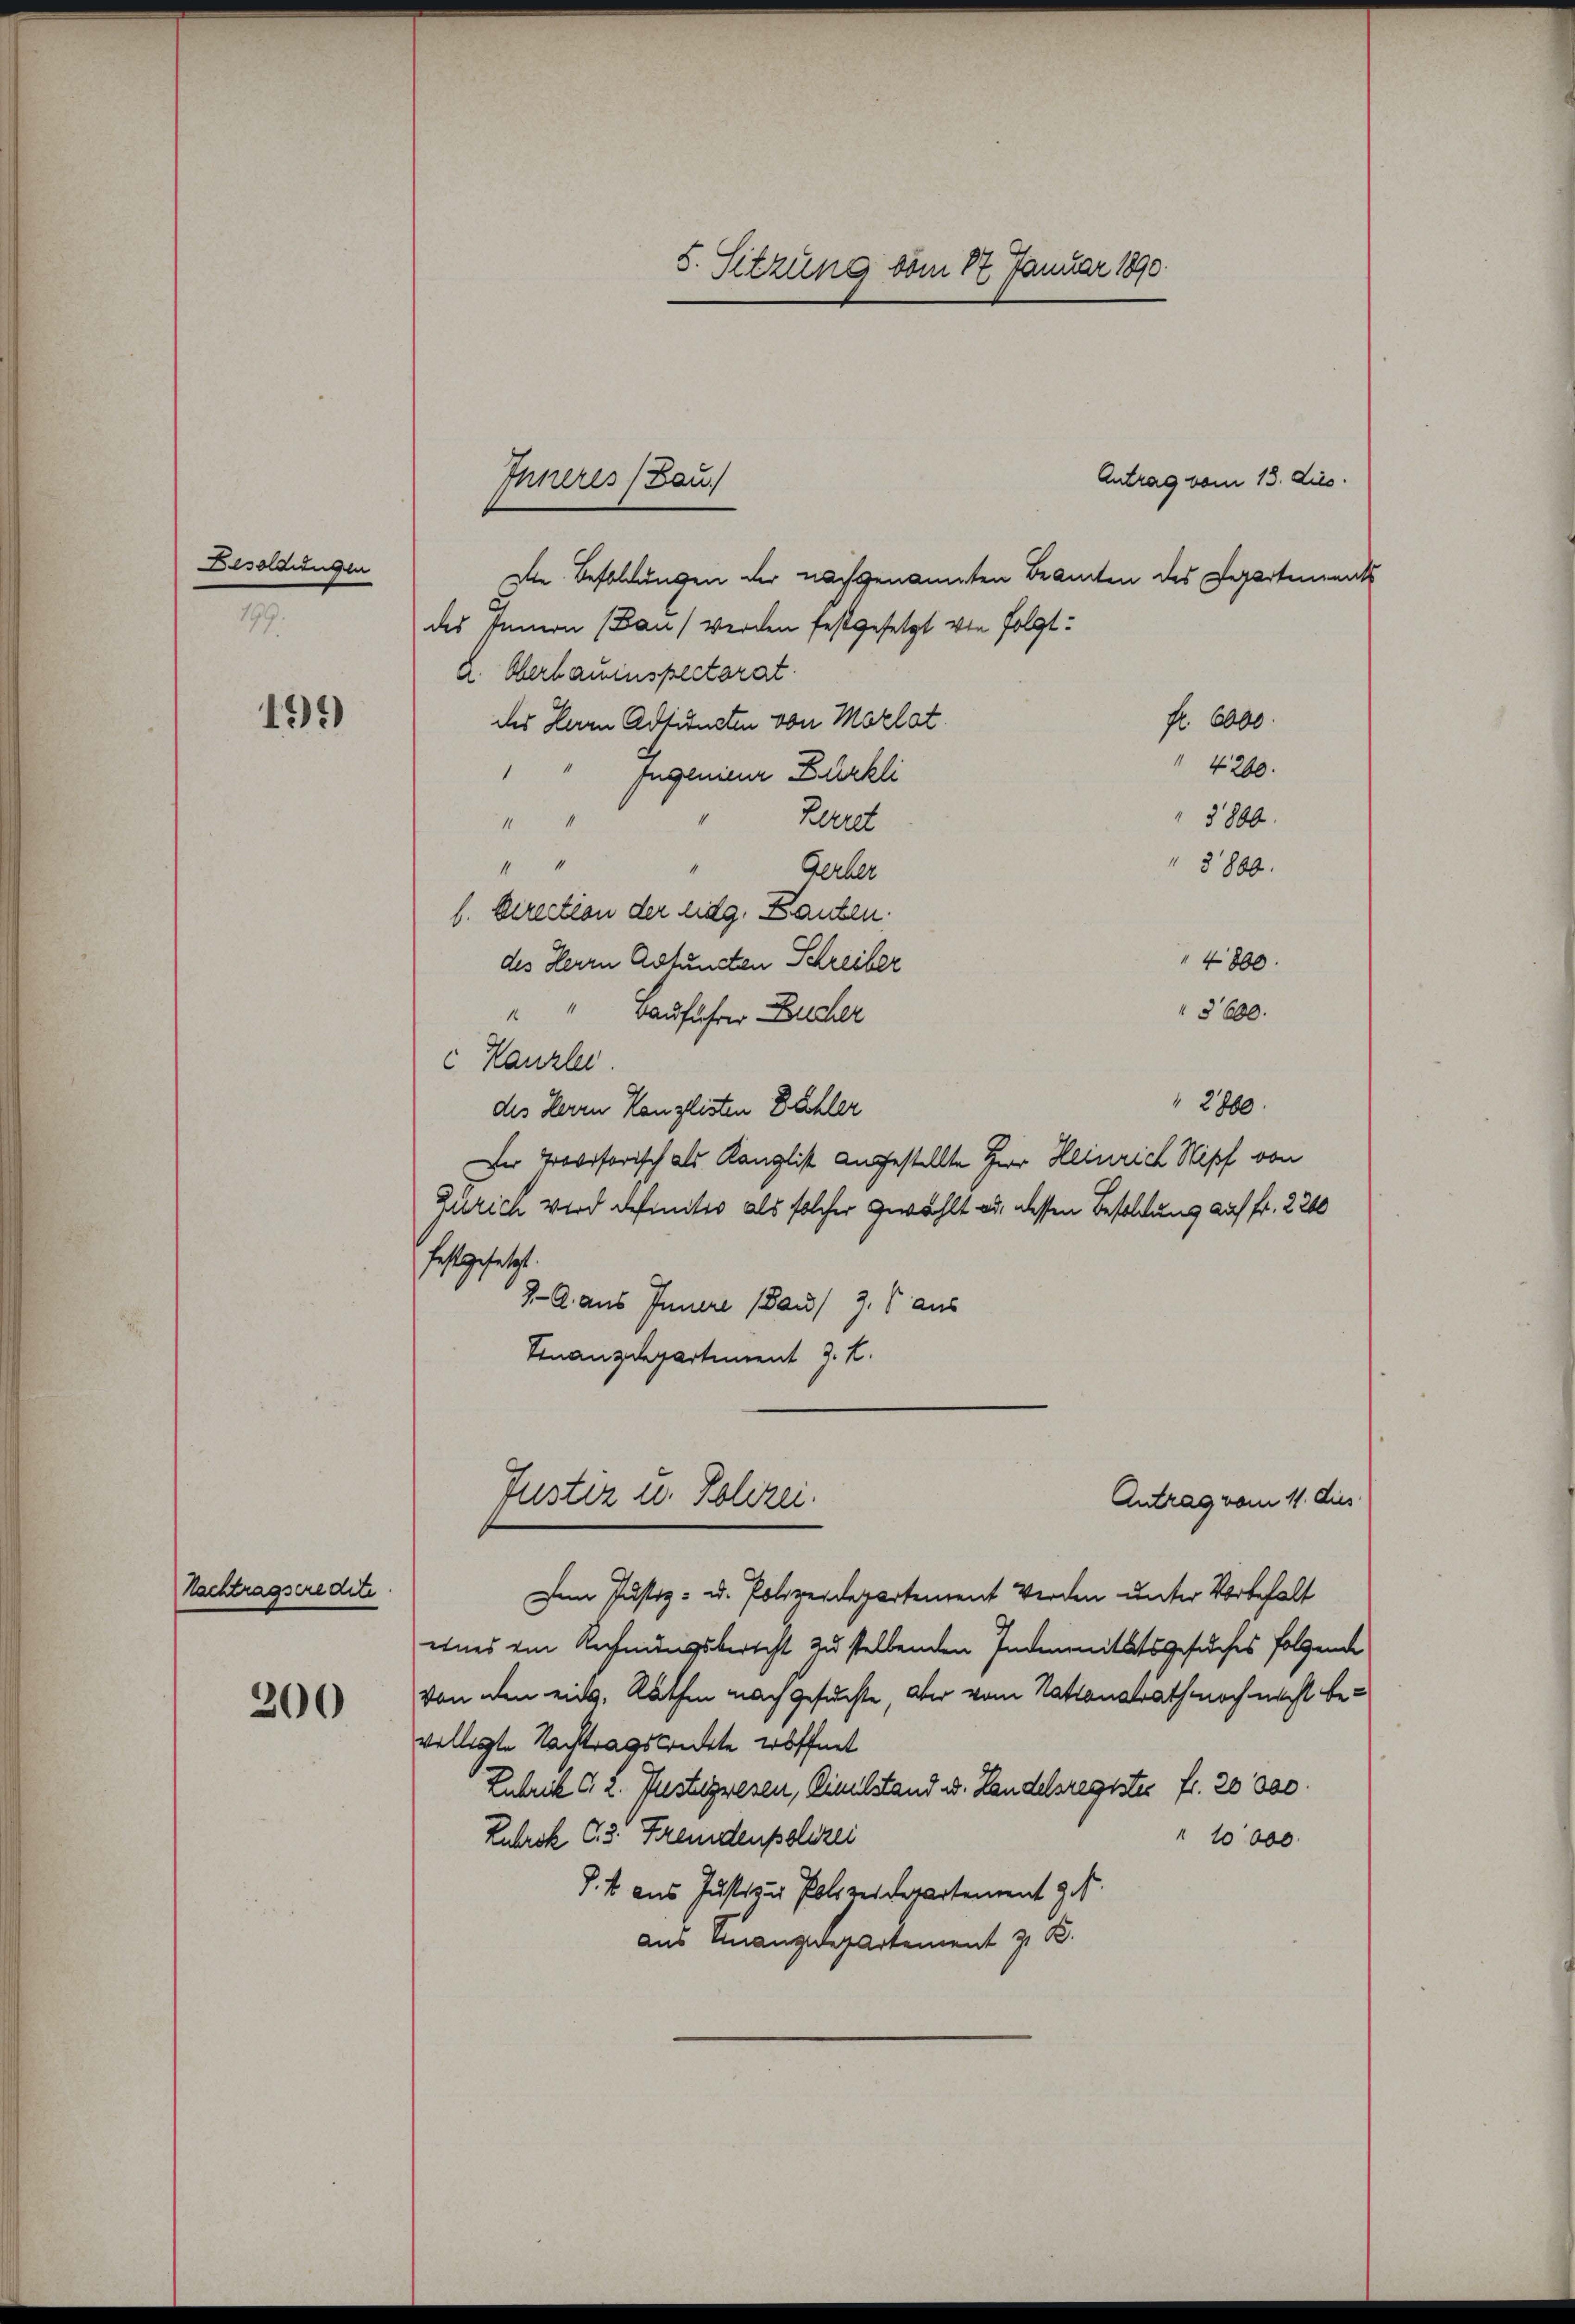
Besoldungen
179.

19.)

Nachtragseredite.

200

Antrag vom 13. dies
Die Besoldungen der nachgenannten Beamten des Departements
des Innern (Bau) werden festgesetzt von folgt:
2. Verbauinspectorat
fl. 6000.
des Herrn Adfinsten von Morlat
4200.
1
Jugenieur Kürkli
5800.
Recret
1
4
3800.
Gerber
b. Direction der Eidg. Kanten.
4800
des Herrn Astensten Schreiber
§ 600.
" Bauführer Bucher
c Kanzlei.
2700.
des Herrn Kanzlisten Dähler
Der Provisorisch als Kanzlist angestellte Herr Heinrich Stipf von
Zürich wird definitiv als solcher gewählt au dessen Besoldung auf fr. 2200
festgesetzt.
J. A. aus Innere (aus 3. aus
Finanzdepartement J. K.

5. Sitzung vom 17. Januar 1890

Inneres (Bau

Justiz u. Polizei.
Antrag vom 11. dus.

Den Justiz- u. Polizeidepartement werden unter Vorbehalt
eines ein Rechnungsbericht zu stellenden Indemnitätsgesuches folgende
von den eidg. Rathen nach gesuchte, aber vom Stationalrath noch nicht bevelligte Nachtragstreckte eröffnet
Zubrik c 2. Justizwesen, Civilstand u. Handelsregistes fr. 20000.
Luhrsk C.3. Fremdenpolizei
" 10000.
P. k aus Justiz & Polizeidepartement z. B.
aus Finanzdepartement z. B.